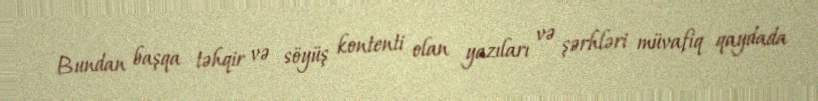
Bundan başqa təhqir və söyüş kontenti olan yazıları və şərhləri müvafiq qaydada